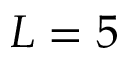
L = 5